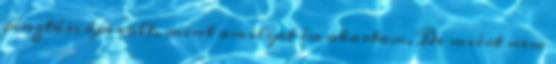
pénztárcája volt, mint amilyet én akartam. De miért nem